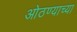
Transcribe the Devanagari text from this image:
ओठण्याच्या